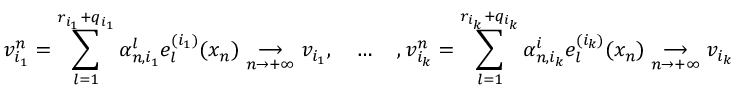
v _ { i _ { 1 } } ^ { n } = \displaystyle { \sum _ { l = 1 } ^ { r _ { i _ { 1 } } + q _ { i _ { 1 } } } \alpha _ { n , i _ { 1 } } ^ { l } e _ { l } ^ { ( i _ { 1 } ) } ( x _ { n } ) } \underset { n \to + \infty } { \longrightarrow } v _ { i _ { 1 } } , \quad \ldots \quad , v _ { i _ { k } } ^ { n } = \displaystyle { \sum _ { l = 1 } ^ { r _ { i _ { k } } + q _ { i _ { k } } } \alpha _ { n , i _ { k } } ^ { i } e _ { l } ^ { ( i _ { k } ) } ( x _ { n } ) } \underset { n \to + \infty } { \longrightarrow } v _ { i _ { k } }